system: You are a helpful assistant.
user:
Analyze the provided spectrum to determine if it is a **S-type Star**.

- **Key Indicators for S-type Star:**

    - **(Overall Spectrum Shape):** The first and most obvious characteristic is the overall continuum (the "baseline" shape). It is **extremely "red-sloping,"** meaning the flux (light intensity) is very low on the left side (blue, ~4000-4500 Å) and rises steeply and continuously toward the right side (red, ~7000 Å+).

    - **(Primary):** The spectrum is defined by the presence of strong, broad molecular absorption "valleys" (bands) from **Zirconium Oxide (ZrO)**. The identification of these bands is the **primary requirement** for classifying a star as S-type.
        - **(Key Bandheads):** You must find distinct, deep "dips" where the light has been absorbed. The most critical band systems to locate are:
            - **~6474 Å** ($\gamma$-system): This is often the strongest and clearest ZrO feature, found in the red part of the spectrum.
            - **~5718 Å** & **~5551 Å** ($\beta$-system): A pair of prominent absorption features in the yellow-orange part of the spectrum.
            - **~4640 Å** ($\alpha$-system): A key absorption band system in the blue-green region of the spectrum.

    - **(Secondary Confirmation):** The classification is strengthened by finding additional absorption bands from other related heavy element oxides, which are expected to be present alongside ZrO.
        - **(Key Bandheads):**
            - **Yttrium Oxide (YO):** Look for absorption dips near **~4800 Å** and **~6100 Å**.
            - **Lanthanum Oxide (LaO):** Additional absorption features, particularly in the red-orange part of the spectrum, are also characteristic.

    - **(Line Profile):** The combination of the steep red continuum and these numerous, deep molecular bands (ZrO, YO, etc.) gives the entire spectrum a very **"chopped-up"** or **"bumpy"** appearance. Instead of a smooth curve, the spectrum looks as though large, wide chunks of light have been "carved out" of it at the specific wavelengths listed above.

Think first, call **spectral_visualization_tool** if needed to examine features in detail, then provide your final answer. Your response must adhere to the following strict rules:
1.  **Overall Structure:** Your response must follow the format `<think>...</think> <tool_call>...</tool_call> (if a tool is used) <answer>...</answer>`.
2.  **Tool Usage Constraint:** You may only make **one** tool call per turn.
3.  **Final Answer Format:** In the `<answer>` tag, your conclusion must be inside a `\boxed{}` command (e.g., `\boxed{YES}` or `\boxed{NO}`), followed by your justification.

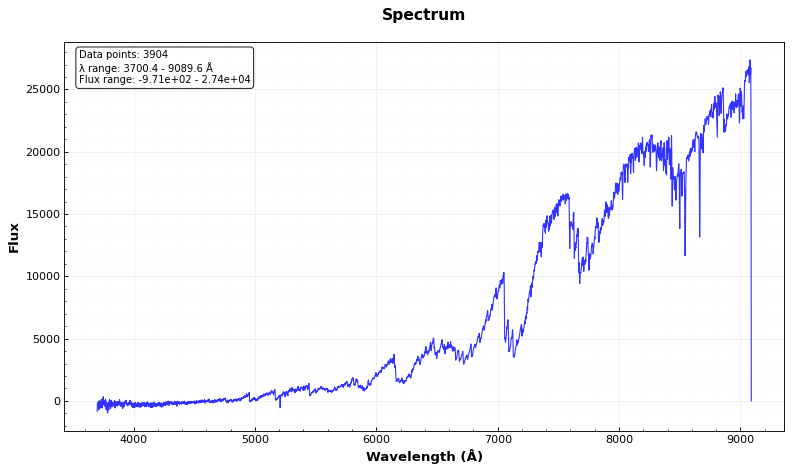
Answer: YES